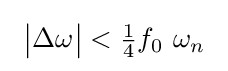
\ {\bigl |}\Delta \omega {\bigr |}<{\tfrac {1}{4}}f_{0}\ \omega _{n}\